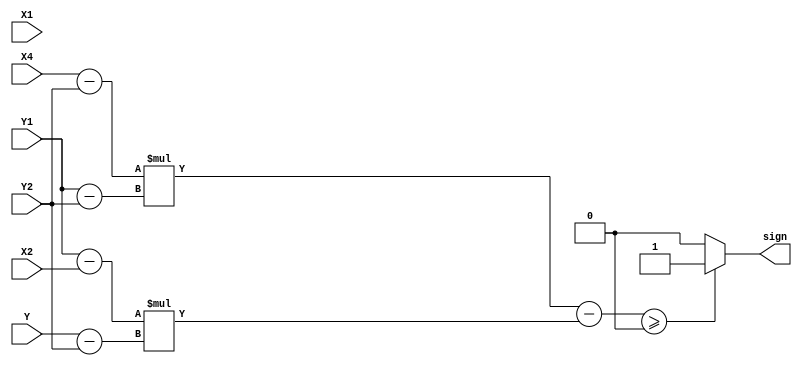
module sign (
    input [11:0] X1, Y1, X2, Y2, X4, Y,
    output sign
);

    wire signed [11:0] Sub1, Sub2, Sub3, Sub4;
    wire signed [22:0] Mult1, Mult2, Sub5;

    assign Sub1 = X4 - Y2;
    assign Sub2 = Y1 - Y2;
    assign Sub3 = Y1 - X2;
    assign Sub4 = Y - Y2;
    assign Mult1 = Sub1 * Sub2;
    assign Mult2 = Sub3 * Sub4;
    assign Sub5 = Mult1 - Mult2;
    assign sign = (Sub5 >= 0) ? 1 : 0;

endmodule

module TestTriangle (
    input [11:0] X1, Y1, X2, Y2, X3, Y3, X4, Y,
    output inside
);

    wire sign1, sign2, sign3;

    assign inside = (sign1 == 1 && sign2 == 1 && sign3 == 1) ? 1:0;

    sign out1(X1, Y1, X2, Y2, X4, Y, sign1);
    sign out2(X2, Y2, X3, Y3, X4, Y, sign2);
    sign out3(X3, Y3, X1, Y1, X4, Y, sign3);

endmodule

module Test;
    reg [11:0] X1, Y1, X2, Y2, X3, Y3, X4, Y;

    wire inside;

    TestTriangle A(X1, Y1, X2, Y2, X3, Y3, X4, Y, inside);

    initial
        begin
           $dumpvars(0,A);
           #1

           X1 <= 10;
           Y1 <= 10;
           X2 <= 30;
           Y2 <= 10;
           X3 <= 20;
           Y3 <= 30;
           X4 <= 15;
           Y <= 15;

           #1
           X4 <= 15;
           Y <= 15;
           #1
           X4 <= 9;
           Y <= 15;
           #1
           X4 <= 10;
           Y <= 11;
           #1
           X4 <= 30;
           Y <= 11;
           #40
           $finish;
        end
endmodule